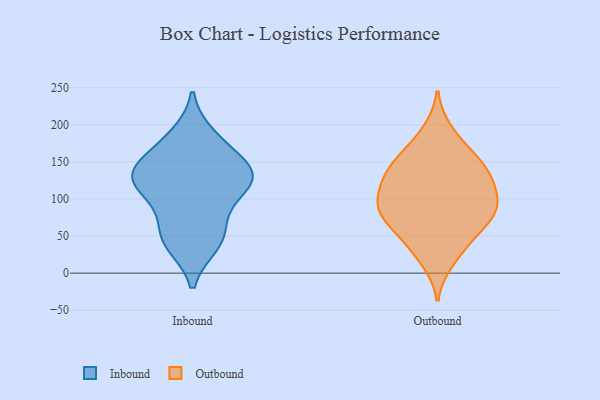
{"axis": {"x": "Headcount", "y": "Value"}, "legend": ["Inbound", "Outbound"], "data": [{"x": "", "y": 135, "type": "Inbound"}, {"x": "", "y": 127, "type": "Inbound"}, {"x": "", "y": 100, "type": "Inbound"}, {"x": "", "y": 129, "type": "Inbound"}, {"x": "", "y": 39, "type": "Inbound"}, {"x": "", "y": 114, "type": "Inbound"}, {"x": "", "y": 49, "type": "Inbound"}, {"x": "", "y": 129, "type": "Inbound"}, {"x": "", "y": 138, "type": "Inbound"}, {"x": "", "y": 151, "type": "Inbound"}, {"x": "", "y": 185, "type": "Inbound"}, {"x": "", "y": 72, "type": "Inbound"}, {"x": "", "y": 176, "type": "Inbound"}, {"x": "", "y": 43, "type": "Inbound"}, {"x": "", "y": 36, "type": "Outbound"}, {"x": "", "y": 129, "type": "Outbound"}, {"x": "", "y": 70, "type": "Outbound"}, {"x": "", "y": 191, "type": "Outbound"}, {"x": "", "y": 152, "type": "Outbound"}, {"x": "", "y": 74, "type": "Outbound"}, {"x": "", "y": 169, "type": "Outbound"}, {"x": "", "y": 109, "type": "Outbound"}, {"x": "", "y": 103, "type": "Outbound"}, {"x": "", "y": 78, "type": "Outbound"}, {"x": "", "y": 17, "type": "Outbound"}, {"x": "", "y": 80, "type": "Outbound"}, {"x": "", "y": 46, "type": "Outbound"}, {"x": "", "y": 134, "type": "Outbound"}, {"x": "", "y": 97, "type": "Outbound"}, {"x": "", "y": 144, "type": "Outbound"}, {"x": "", "y": 92, "type": "Outbound"}, {"x": "", "y": 135, "type": "Outbound"}]}